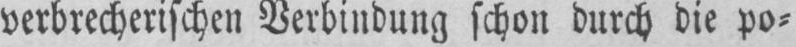
verbrecherischen Verbindung schon durch die po⸗